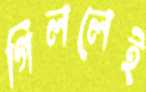
গিললেই